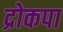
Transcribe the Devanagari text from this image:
द्रोकपा